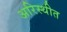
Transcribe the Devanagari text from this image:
अरिस्थीत